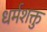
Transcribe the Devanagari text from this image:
धर्मशक्तु